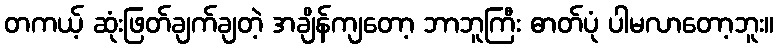
တကယ့် ဆုံးဖြတ်ချက်ချတဲ့ အချိန်ကျတော့ ဘာဘူကြီး ဓာတ်ပုံ ပါမလာတော့ဘူး။